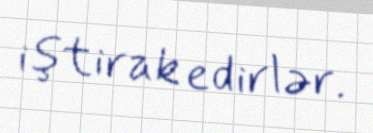
iştirak edirlər.